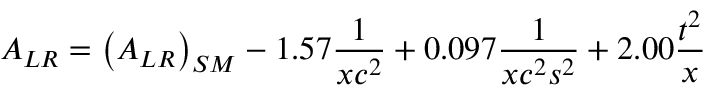
A _ { L R } = \left( A _ { L R } \right) _ { S M } - 1 . 5 7 { \frac { 1 } { x c ^ { 2 } } } + 0 . 0 9 7 { \frac { 1 } { x c ^ { 2 } s ^ { 2 } } } + 2 . 0 0 { \frac { t ^ { 2 } } { x } }